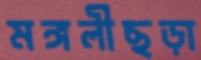
মঙ্গলীছড়া